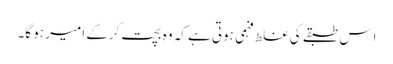
اِس طبقے کی غلط فہمی ہوتی ہے کہ وہ بچت کرکے امیر ہو گا۔